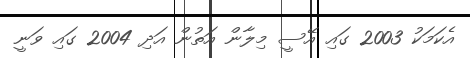
އެކަމަކު 2003 ގައި އޭސީ މިލާން އަތުން އަދި 2004 ގައި ވަނީ